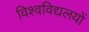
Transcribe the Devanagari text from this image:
विश्वविद्यलयों